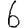
Digit: 6